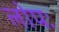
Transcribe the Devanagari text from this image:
लोपः